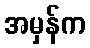
အမှန်က